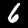
Label: 6